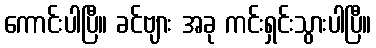
ကောင်းပါပြီ။ ခင်ဗျား အခု ကင်းရှင်းသွားပါပြီ။